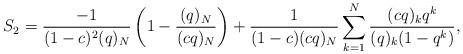
LaTeX: \begin{align*}S_2=\frac{-1}{(1-c)^2(q)_N}\left( 1- \frac{(q)_N}{(cq)_N}\right) + \frac{1}{(1-c)(cq)_N} \sum_{k=1}^N \frac{(cq)_k q^k}{(q)_k (1-q^k) }, \end{align*}